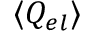
\langle Q _ { e l } \rangle